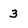
Character: 3